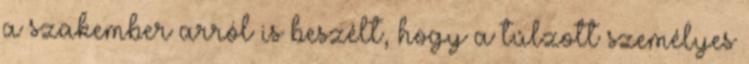
a szakember arról is beszélt, hogy a túlzott személyes